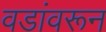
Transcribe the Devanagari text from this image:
वडांवरून